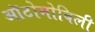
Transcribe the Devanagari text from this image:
ऑटोमोबिली